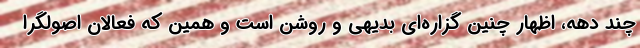
چند دهه، اظهار چنین گزاره‌ای بدیهی و روشن است و همین که فعالان اصولگرا